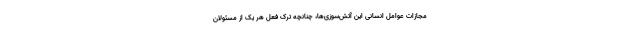
مجازات عوامل انسانی این آتش‌سوزی‌ها، چنانچه ترک فعل هر یک از مسئولان